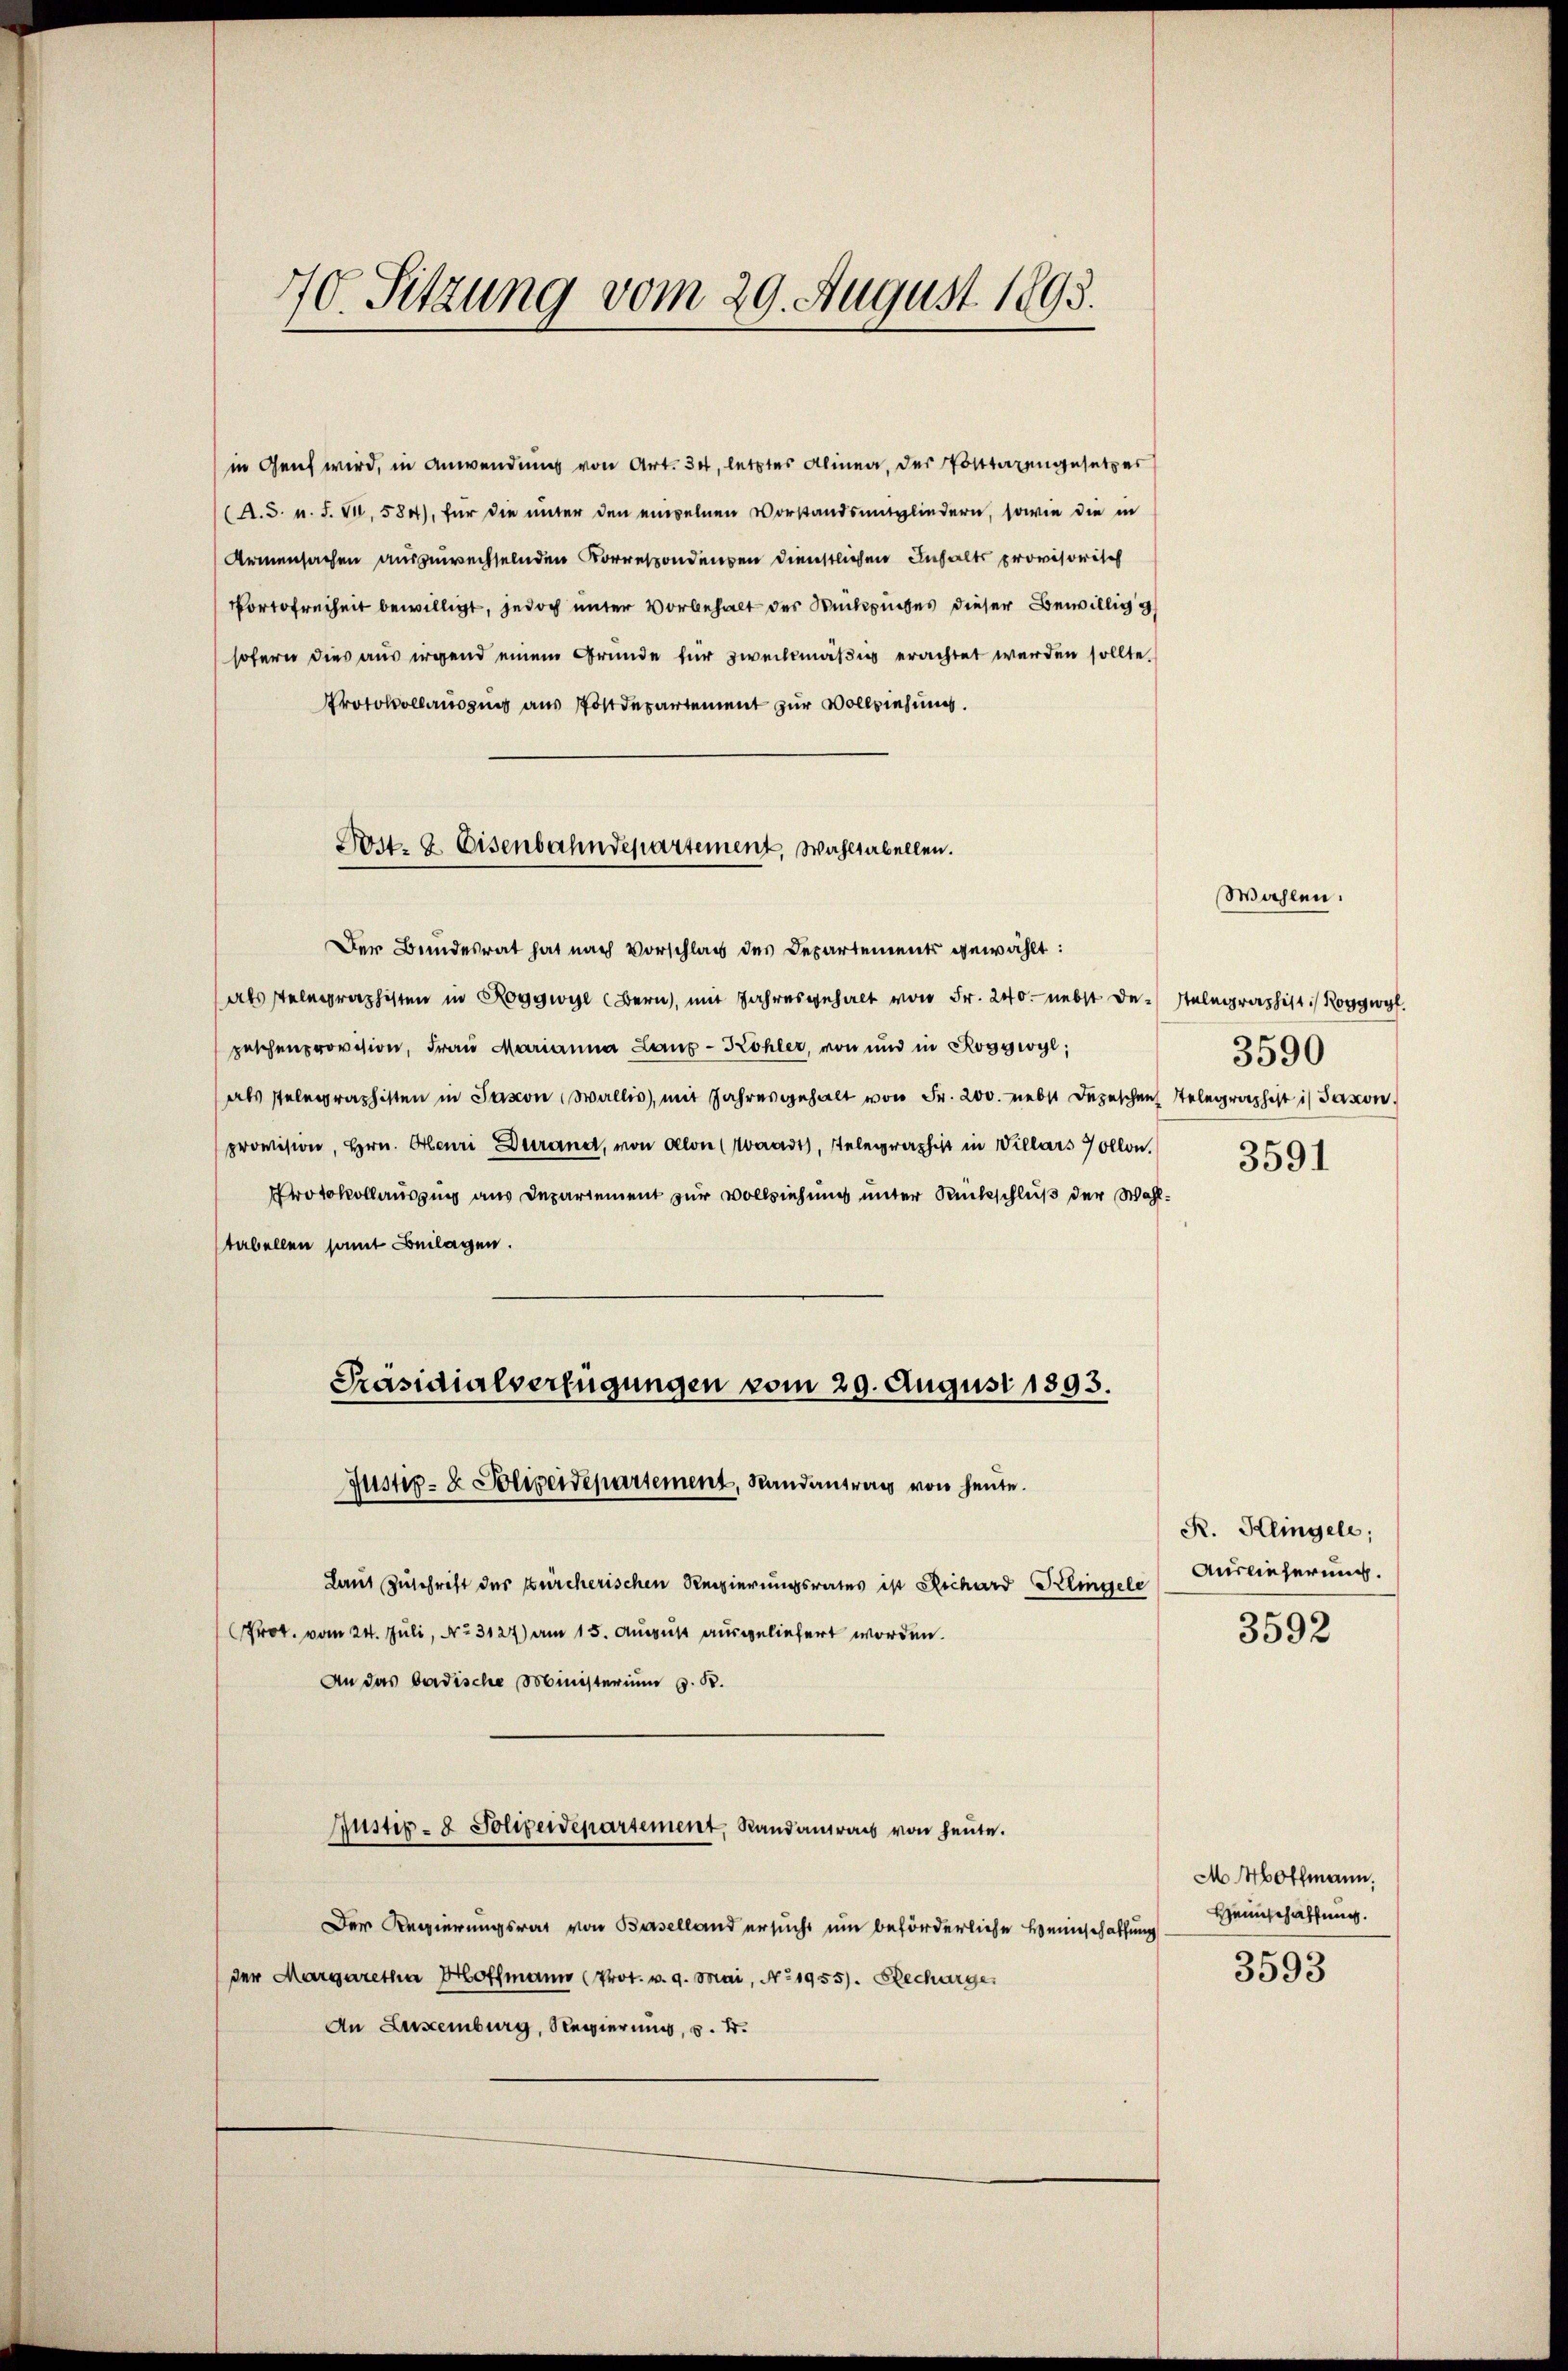
40. Sitzung vom 29. August 1893.

in Genf wird, in Anwendung von Art. 34, letztes Alinea, der Posttarengesetzes
(A.S. n. F. VI, 584), für die unter den einzelnen Vorstandsmitgliedern, sowie die in
Armensachen auszuwechselnden Korrespondenden dienstlichen Inhalts provisorisch
Portofreiheit bewilligt, jedoch unter Vorbehalt der Rückspuches dieser Bewillig g
sofern dies aus irgend einem Grunde für zweckmäßig erachtet werden sollte.
Protokollausung aus Postdepartement zur Vollziehung.
als stelegraphisten in Roggwyl (Bern, mit Jahresgehalt von Fr. 240. nebst de stelegraphist. Roggwy
peschenprovision, Frau Marianna Lang-Köhler, von und in Roggwyl,
als stelegraphisten in Pasion Wallis, mit Jahresgehalt von Fr. 200. nebst Depeschen Telegraphist in Saxon
provision, Hrn. Henri Darand, von Alon (Waadt, Telegraphist in Villars Zollon,
Protokollauszug aus Departement zur Vollziehung unter Rückschluß der Wahltabellen samt Beilagen.
Präsidialverfügungen vom 29. August 1893.
Justiz- & Polizeidepartement, Randantrag von heute.
Laut Zuschrift des Zürcherischen Regierungsrates ist Richard Klingele
Prot. vom 24. Juli, No 3127) am 15. August ausgeliefert worden.
An das badische Ministerium z. B.
Justiz- & Polizeidepartement, Standantrags von heute.
Der Regierungsrat von Baselland ersucht um beförderliche Heimschaffung eingehaltung.
der Margaretha Hoffmann (Prot. v. 9. Mai, No 1955). Recharge
An Luxenburg, Regierung, v. 4.

Post. 2. Eisenbahndepartement, Wahltabellen.
Der Bundesrat hat nach Vorschlag des Departements gewählt:

3590

Wahlen.

3591

R. Klingele;
Auslieferung.

3592

M 40ffmann.

3593